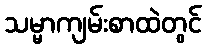
သမ္မာကျမ်းစာထဲတွင်